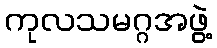
ကုလသမဂ္ဂအဖွဲ့